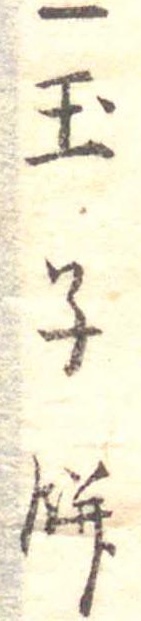
一玉子餅